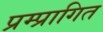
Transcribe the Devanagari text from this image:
प्रम्प्रागित